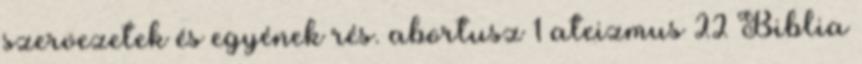
szervezetek és egyének rés. abortusz 1 ateizmus 22 Biblia